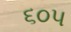
૬૦૫